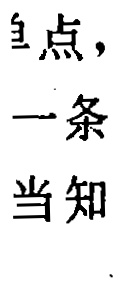
鱼点，
一条
当知